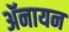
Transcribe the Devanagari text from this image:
ॲनायन